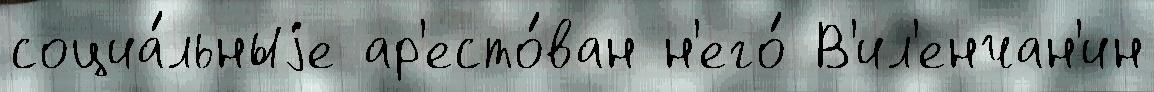
социа́льныjе ар'есто́ван н'его́ В'ил'енчан'ин